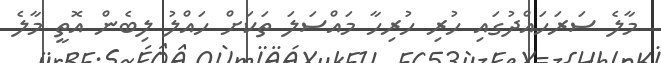
މާލެ ސަރަހައްދުގައި ހުރި ހުރިހާ މައްސަލަ ތަކަށް ހައްލު ލިބެން އޮތީ މާލެ